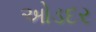
ઓડદર